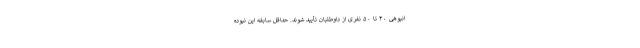
انبوهی ۴۰ تا ۵۰ نفری از داوطلبان تأیید شوند. حداقل سابقه این نبوده